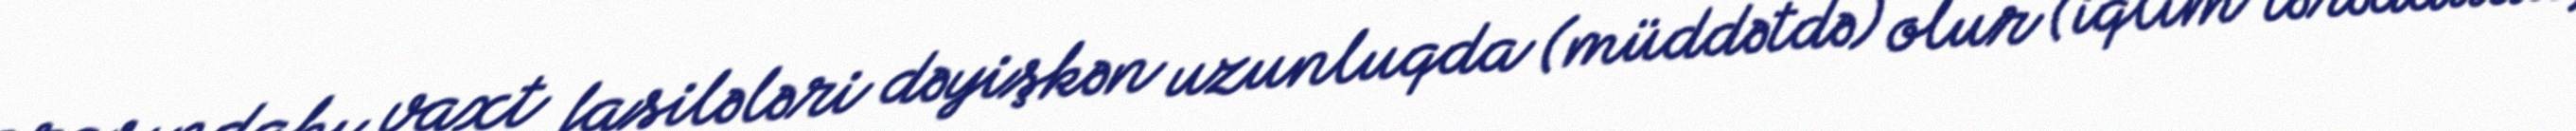
arasındakı vaxt fasilələri dəyişkən uzunluqda (müddətdə) olur (iqlim tərəddüdü,